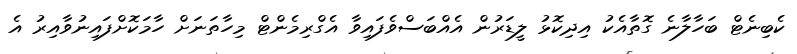
ކެބިނެޓް ބަހާލާނެ ގޮތާއެކު އިދިކޮޅު ލީޑަރުން އެއްބަސްވެފައިވާ އެގްރިމެންޓް މިހާތަނަށް ހާމަކޮށްފައިނުވާއިރު އެ